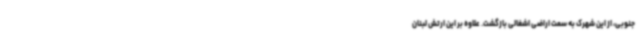
جنوبی، از این شهرک به سمت اراضی اشغالی بازگشت. علاوه بر این ارتش لبنان